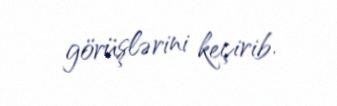
görüşlərini keçirib.